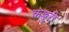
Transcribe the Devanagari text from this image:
कल्लुरी